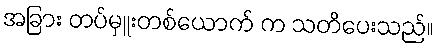
အခြား တပ်မှူးတစ်ယောက် က သတိပေးသည်။